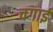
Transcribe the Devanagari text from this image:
चगाई